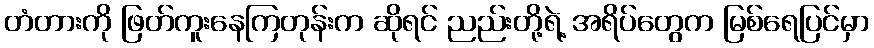
တံတားကို ဖြတ်ကူးနေကြတုန်းက ဆိုရင် ညည်းတို့ရဲ့ အရိပ်တွေက မြစ်ရေပြင်မှာ